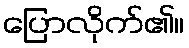
ပြောလိုက်၏။